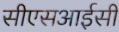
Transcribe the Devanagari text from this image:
सीएसआईसी